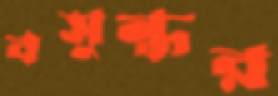
বসুন্ধর